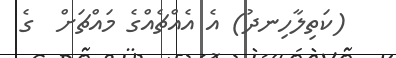
(ކަތިލާހިނދު) އެ އެއްޗެއްގެ މައްޗަށް  ގެ